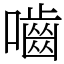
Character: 嚙